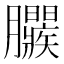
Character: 𣎱